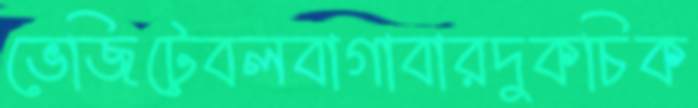
ভেজিটেবলবাগাবারদুকচিক